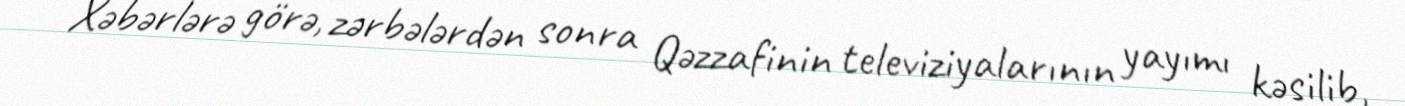
Xəbərlərə görə, zərbələrdən sonra Qəzzafinin televiziyalarının yayımı kəsilib,